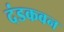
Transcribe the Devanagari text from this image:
दंडकवन